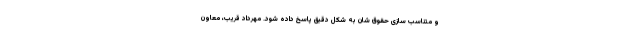
و متناسب سازی حقوق شان به شکل دقیق پاسخ داده شود. مهرداد قریب، معاون